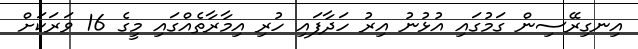
އިނގިރޭސިން ގަމުގައި އުޅުނު އިރު ހަދާފައި ހުރި އިމާރާތެއްގައި މީގެ 16 ވަރަކަށް